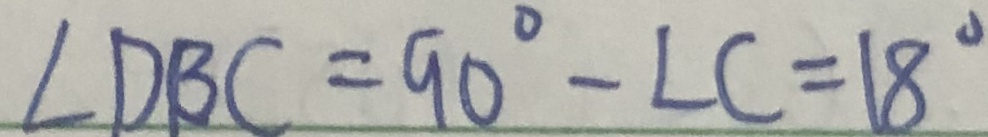
\angle D B C = 9 0 ^ { \circ } - \angle C = 1 8 ^ { \circ }